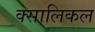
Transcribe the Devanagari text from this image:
क्सालिकल